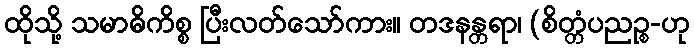
ထိုသို့ သမာဓိကိစ္စ ပြီးလတ်သော်ကား။ တဒနန္တရာ၊ (စိတ္တံပညဉ္စ-ဟု